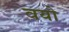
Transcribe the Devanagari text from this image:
वयो